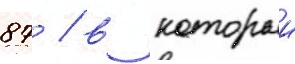
87 / в которыи